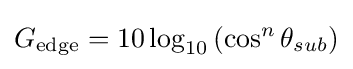
G_{\textrm {edge}}=10\log _{10}\left(\cos ^{n}{\theta _{sub}}\right)